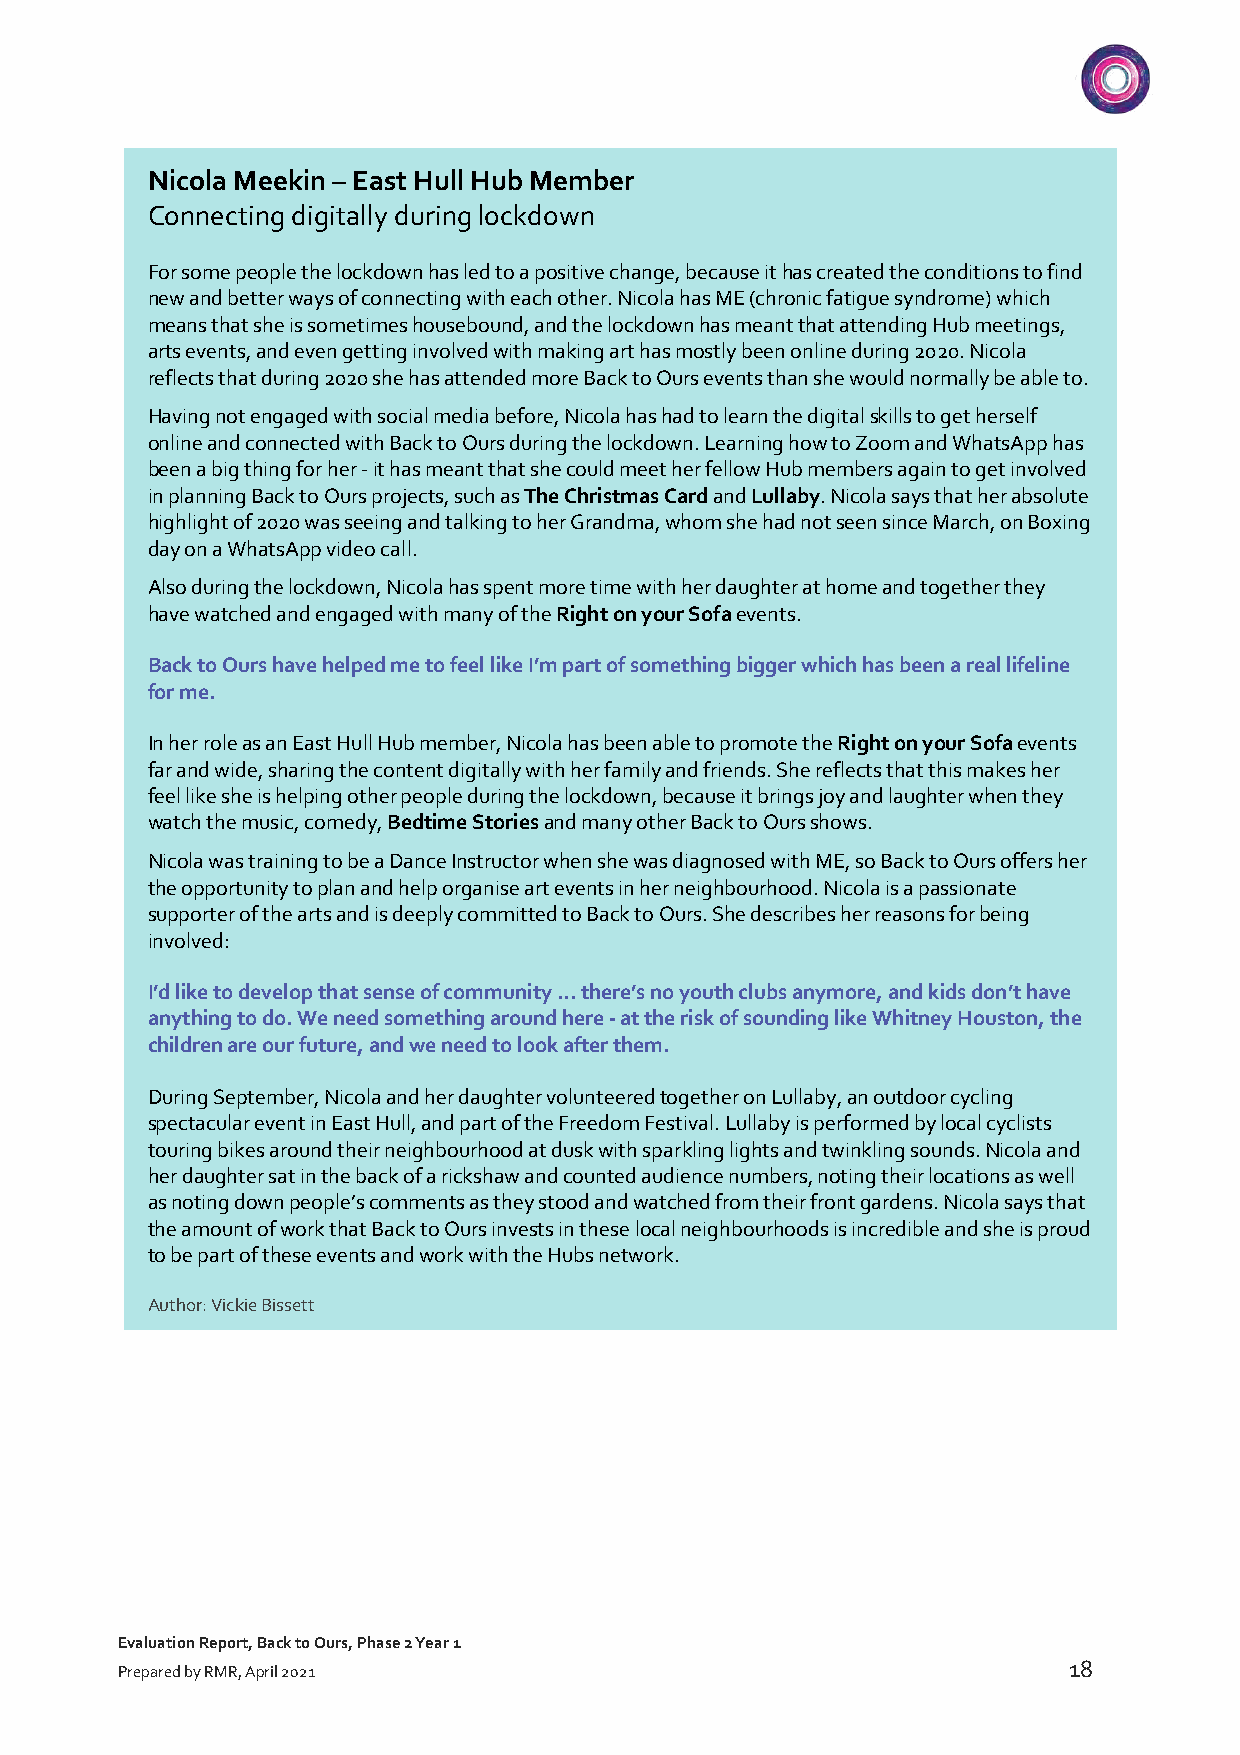
Nicola Meekin – East Hull Hub Member
 Connecting digitally during lockdown
 For some people the lockdown has led to a positive change, because it has created the conditions to find
 new and better ways of connecting with each other. Nicola has ME (chronic fatigue syndrome) which
 means that she is sometimes housebound, and the lockdown has meant that attending Hub meetings,
 arts events, and even getting involved with making art has mostly been online during 2020. Nicola
 reflects that during 2020 she has attended more Back to Ours events than she would normally be able to.
 Having not engaged with social media before, Nicola has had to learn the digital skills to get herself
 online and connected with Back to Ours during the lockdown. Learning how to Zoom and WhatsApp has
 been a big thing for her - it has meant that she could meet her fellow Hub members again to get involved
 in planning Back to Ours projects, such as The Christmas Card and Lullaby. Nicola says that her absolute
 highlight of 2020 was seeing and talking to her Grandma, whom she had not seen since March, on Boxing
 day on a WhatsApp video call.
 Also during the lockdown, Nicola has spent more time with her daughter at home and together they
 have watched and engaged with many of the Right on your Sofa events.
 Back to Ours have helped me to feel like I’m part of something bigger which has been a real lifeline
 for me.
 In her role as an East Hull Hub member, Nicola has been able to promote the Right on your Sofa events
 far and wide, sharing the content digitally with her family and friends. She reflects that this makes her
 feel like she is helping other people during the lockdown, because it brings joy and laughter when they
 watch the music, comedy, Bedtime Stories and many other Back to Ours shows.
 Nicola was training to be a Dance Instructor when she was diagnosed with ME, so Back to Ours offers her
 the opportunity to plan and help organise art events in her neighbourhood. Nicola is a passionate
 supporter of the arts and is deeply committed to Back to Ours. She describes her reasons for being
 involved:
 I’d like to develop that sense of community … there’s no youth clubs anymore, and kids don’t have
 anything to do. We need something around here - at the risk of sounding like Whitney Houston, the
 children are our future, and we need to look after them.
 During September, Nicola and her daughter volunteered together on Lullaby, an outdoor cycling
 spectacular event in East Hull, and part of the Freedom Festival. Lullaby is performed by local cyclists
 touring bikes around their neighbourhood at dusk with sparkling lights and twinkling sounds. Nicola and
 her daughter sat in the back of a rickshaw and counted audience numbers, noting their locations as well
 as noting down people’s comments as they stood and watched from their front gardens. Nicola says that
 the amount of work that Back to Ours invests in these local neighbourhoods is incredible and she is proud
 to be part of these events and work with the Hubs network.
 Author: Vickie Bissett
 Evaluation Report, Back to Ours, Phase 2 Year 1
 18
 Prepared by RMR, April 2021